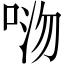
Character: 𫪏